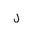
Letter: _lam